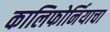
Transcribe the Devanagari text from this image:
कालिफोर्नियाचा